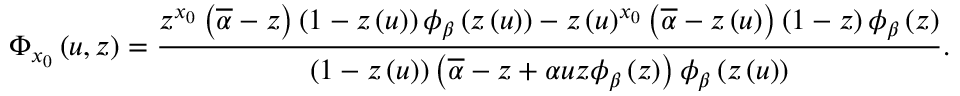
\Phi _ { x _ { 0 } } \left( u , z \right) = \frac { z ^ { x _ { 0 } } \left( \overline { { \alpha } } - z \right) \left( 1 - z \left( u \right) \right) \phi _ { \beta } \left( z \left( u \right) \right) - z \left( u \right) ^ { x _ { 0 } } \left( \overline { { \alpha } } - z \left( u \right) \right) \left( 1 - z \right) \phi _ { \beta } \left( z \right) } { \left( 1 - z \left( u \right) \right) \left( \overline { { \alpha } } - z + \alpha u z \phi _ { \beta } \left( z \right) \right) \phi _ { \beta } \left( z \left( u \right) \right) } .